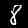
Label: 8